Annual report on the working of the lock hospitals in the Central Provinces
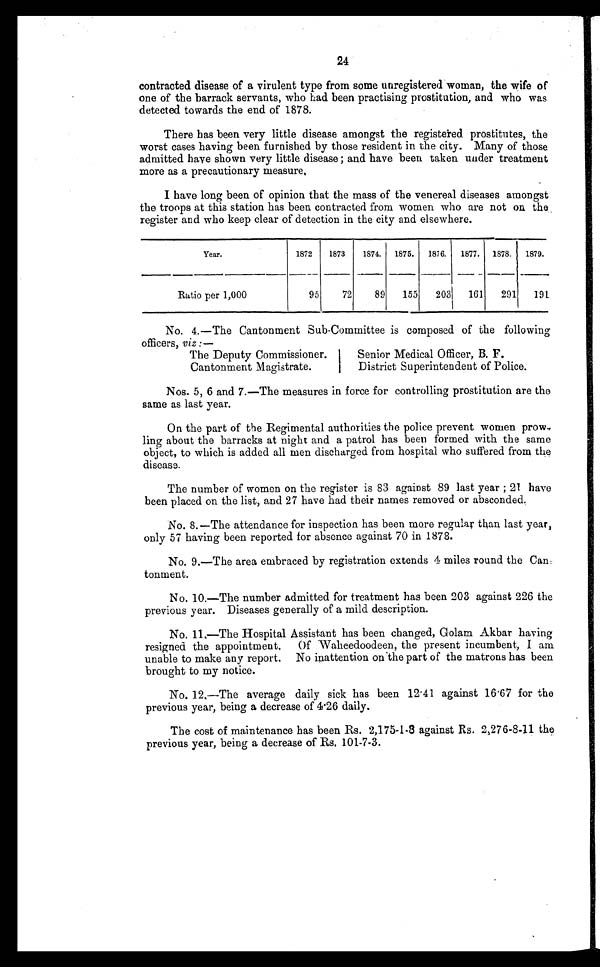
24
contracted disease of a virulent type from some unregistered woman, the wife of
one of the barrack servants, who had been practising prostitution, and who was
detected towards the end of 1878.
There has been very little disease amongst the registered prostitutes, the
worst cases having been furnished by those resident in the city. Many of those
admitted have shown very little disease ; and have been taken under treatment
more as a precautionary measure,
I have long been of opinion that the mass of the venereal diseases amongst
the troops at this station has been contracted from women who are not on the
register and who keep clear of detection in the city and elsewhere.
Year.
1872
1873
1874.
1875.
1876.
1877.
1878.
1879.
Ratio per 1,000
95
72
89
155
203
161
291
191
No. 4.—The Cantonment Sub-Committee is composed of the following
officers, viz :—
The Deputy Commissioner.
Cantonment Magistrate.
Senior Medical Officer, B. F.
District Superintendent of Police.
Nos. 5, 6 and 7.—The measures in force for controlling prostitution are the
same as last year.
On the part of the Regimental authorities the police prevent women prow,
ling about the barracks at night and a patrol has been formed with the same
object, to which is added all men discharged from hospital who suffered from the
disease.
The number of women on the register is 83 against 89 last year ; 21 have
been placed on the list, and 27 have had their names removed or absconded.
No. 8.—The attendance for inspection has been more regular than last year,
only 57 having been reported for absence against 70 in 1878.
No. 9.—The area embraced by registration extends 4 miles round the Can-.
tonment.
No. 10.—The number admitted for treatment has been 203 against 226 the
previous year. Diseases generally of a mild description.
No. 11.—The Hospital Assistant has been changed, Golam Akbar having
resigned the appointment. Of Waheedoodeen, the present incumbent, I am
unable to make any report. No inattention on the part of the matrons has been
brought to my notice.
No. 12.—The average daily sick has been 12·41 against 16·67 for the
previous year, being a decrease of 4·26 daily.
The cost of maintenance has been Rs. 2,175-1·8 against Rs. 2,276-8-11 the
previous year, being a decrease of Rs. 101-7-3.